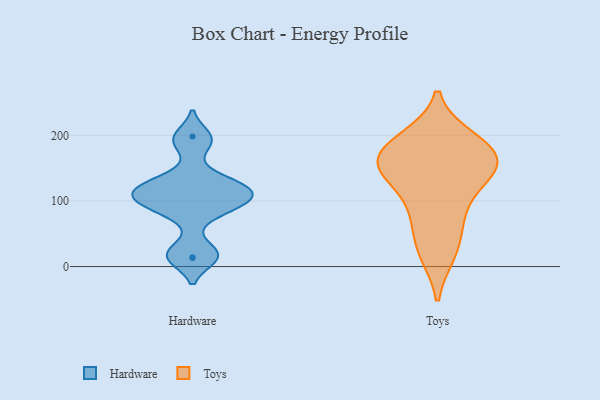
{"axis": {"x": "Satisfaction Score", "y": "Value"}, "legend": ["Hardware", "Toys"], "data": [{"x": "", "y": 82, "type": "Hardware"}, {"x": "", "y": 131, "type": "Hardware"}, {"x": "", "y": 117, "type": "Hardware"}, {"x": "", "y": 23, "type": "Hardware"}, {"x": "", "y": 122, "type": "Hardware"}, {"x": "", "y": 114, "type": "Hardware"}, {"x": "", "y": 112, "type": "Hardware"}, {"x": "", "y": 14, "type": "Hardware"}, {"x": "", "y": 194, "type": "Hardware"}, {"x": "", "y": 99, "type": "Hardware"}, {"x": "", "y": 99, "type": "Hardware"}, {"x": "", "y": 13, "type": "Hardware"}, {"x": "", "y": 96, "type": "Hardware"}, {"x": "", "y": 114, "type": "Hardware"}, {"x": "", "y": 198, "type": "Hardware"}, {"x": "", "y": 132, "type": "Hardware"}, {"x": "", "y": 18, "type": "Hardware"}, {"x": "", "y": 188, "type": "Hardware"}, {"x": "", "y": 87, "type": "Hardware"}, {"x": "", "y": 165, "type": "Toys"}, {"x": "", "y": 153, "type": "Toys"}, {"x": "", "y": 144, "type": "Toys"}, {"x": "", "y": 173, "type": "Toys"}, {"x": "", "y": 182, "type": "Toys"}, {"x": "", "y": 23, "type": "Toys"}, {"x": "", "y": 100, "type": "Toys"}, {"x": "", "y": 152, "type": "Toys"}, {"x": "", "y": 79, "type": "Toys"}, {"x": "", "y": 20, "type": "Toys"}, {"x": "", "y": 63, "type": "Toys"}, {"x": "", "y": 195, "type": "Toys"}, {"x": "", "y": 137, "type": "Toys"}, {"x": "", "y": 150, "type": "Toys"}, {"x": "", "y": 194, "type": "Toys"}]}